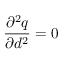
\frac { \partial ^ { 2 } q } { \partial d ^ { 2 } } = 0